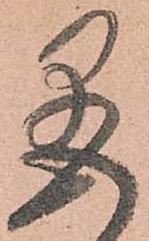
盡